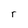
Character: r